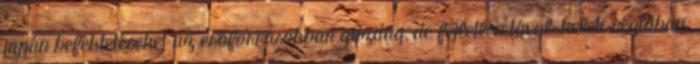
japán befektetéseket az erőforrásokban gazdag, de fejletlen távol-keleti régióban.